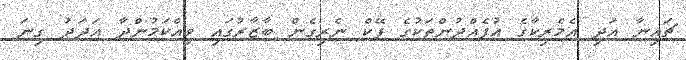
ޗައިނާ އަދި އެމެރިކާގެ އުފެއްދުންތަކުގެ ފޭކް ނެރިގެން ބާޒާރުގައި ވިއްކަމުންދާ އަދަދު ގިނަ